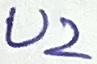
Text: U2